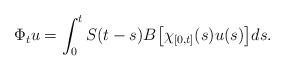
LaTeX: \begin{align*}\Phi_t u = \int_0^tS(t-s)B\big[\chi_{[0,t]}(s)u(s)\big]ds.\end{align*}